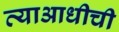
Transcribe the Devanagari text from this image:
त्याआधीची